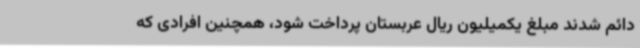
دائم شدند مبلغ یکمیلیون ریال عربستان پرداخت شود، همچنین افرادی که